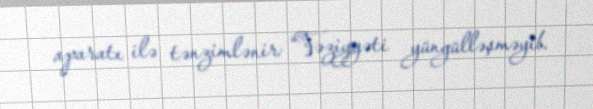
aparatı ilə tənzimlənir: “Vəziyyəti yüngülləşməyib.